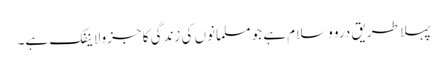
پہلا طریق درو وسلام ہے جو مسلمانوں کی زندگی کا جزو لاینفک ہے۔